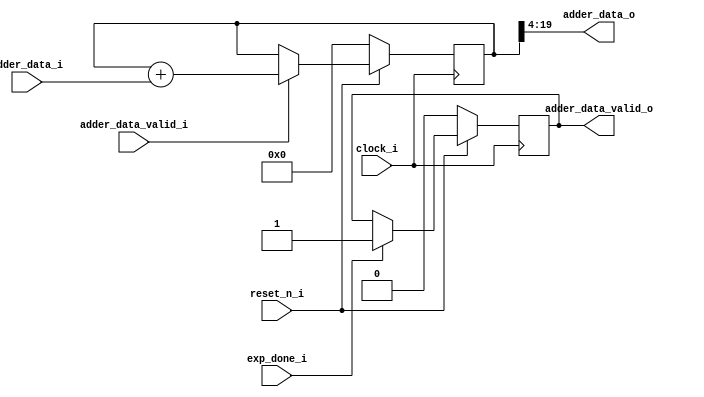
/*
=====================================================================================
=                                                                                   =
=   Author: Hoang Van Quyen - UET - VNU                                             =
=                                                                                   =
=====================================================================================
*/
module adder_block_16
#(
    parameter                           data_size = 16
)
(
    input                               clock_i                                                                 ,
    input                               reset_n_i                                                               ,
    input           [data_size - 1:0]   adder_data_i                                                            ,
    input                               adder_data_valid_i                                                      ,
    input                               exp_done_i                                                              ,
    
    output          [data_size - 1:0]   adder_data_o                                                            ,
    output                              adder_data_valid_o
);
    reg             [data_size + 3:0]   adder_data_o_temp                                                       ;
    reg                                 adder_data_valid_o_temp                                                 ;
    
    //------------------------------------------------update output---------------------------------------------
    assign adder_data_valid_o = adder_data_valid_o_temp                                                         ;
    assign adder_data_o = {adder_data_o_temp[data_size + 3:data_size], adder_data_o_temp[data_size - 1:4]}      ;
    
    //------------------------------------------------SUM Compute-----------------------------------------------
    always @(posedge clock_i) 
    begin
        if (~reset_n_i)
        begin
            adder_data_o_temp <= 0                                                                              ;
            adder_data_valid_o_temp <= 0                                                                        ;
        end
        else
        begin
            if (adder_data_valid_i)
                adder_data_o_temp = adder_data_o_temp + {3'b0,adder_data_i}                                     ;
            if (exp_done_i)
                adder_data_valid_o_temp <= 1                                                                    ;
        end
    end
endmodule